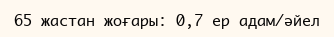
65 жастан жоғары: 0,7 ер адам/әйел